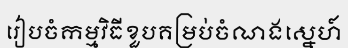
រៀបចំកម្មវិធីខួបគម្រប់ចំណងស្នេហ៍